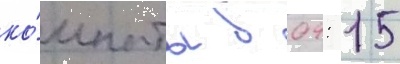
ко́мнаты в 04: 15